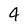
Character: 4